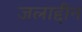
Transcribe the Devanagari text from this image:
जलाद्दीन